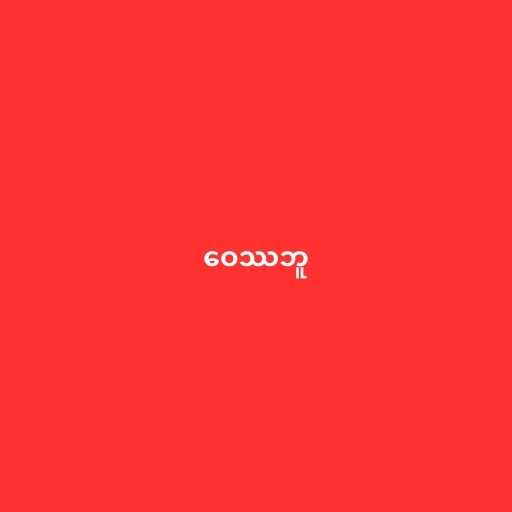
ဝေဿဘူ